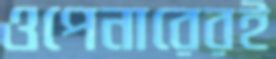
ওপেনারেরই